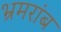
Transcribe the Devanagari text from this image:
भ्रमरांब